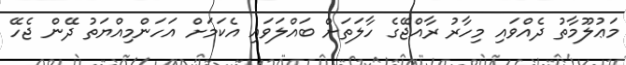
މަޢުލޫމާތު ދެއްވައި މިހާރު ރާއްޖޭގެ ހާލަތަށް ބައްލަވައި އެކަމަށް އަހަންމިއްޔަތު ދޭން ޖެހޭ